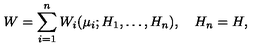
W = \sum _ { i = 1 } ^ { n } W _ { i } ( { \mu } _ { i } ; H _ { 1 } , \ldots , H _ { n } ) , \quad H _ { n } = H ,